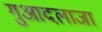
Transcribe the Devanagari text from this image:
गुआदलाजा